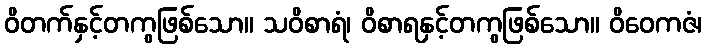
ဝိတက်နှင့်တကွဖြစ်သော။ သဝိစာရံ၊ ဝိစာရနှင့်တကွဖြစ်သော။ ဝိဝေကဇံ၊